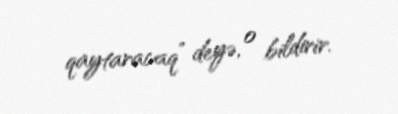
qaytaracaq” deyə, o bildirir.